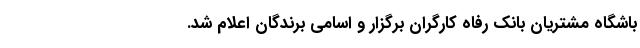
باشگاه مشتریان بانک رفاه کارگران برگزار و اسامی برندگان اعلام شد.